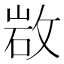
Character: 𢽡